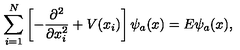
\sum _ { i = 1 } ^ { N } \left[ - \frac { \partial ^ { 2 } } { \partial x _ { i } ^ { 2 } } + V ( x _ { i } ) \right] \psi _ { a } ( x ) = E \psi _ { a } ( x ) ,